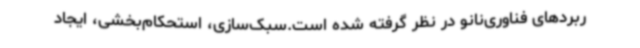
ربردهای فناوری‌نانو در نظر گرفته شده است.سبک‌سازی، استحکام‌بخشی، ایجاد